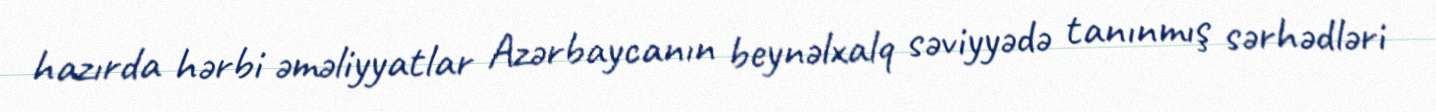
hazırda hərbi əməliyyatlar Azərbaycanın beynəlxalq səviyyədə tanınmış sərhədləri